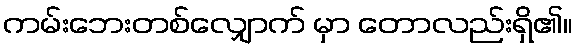
ကမ်းဘေးတစ်လျှောက် မှာ တောလည်းရှိ၏။